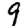
Digit: 9